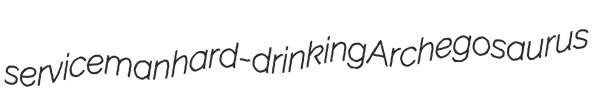
serviceman hard-drinking Archegosaurus